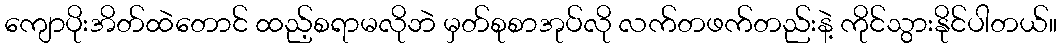
ကျောပိုးအိတ်ထဲတောင် ထည့်စရာမလိုဘဲ မှတ်စုစာအုပ်လို လက်တဖက်တည်းနဲ့ ကိုင်သွားနိုင်ပါတယ်။